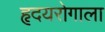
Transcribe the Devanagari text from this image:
हृदयरोगाला